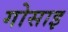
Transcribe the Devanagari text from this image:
गोसाइ